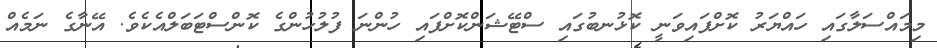
މިމައްސަލާގައި ހައްޔަރު ކޮށްފައިވަނީ ކޮޅުނބުގައި ސްޓޭޝަންކޮށްފައި ހުންނަ ފުލުހުންގެ ކޮންސްޓަބަލްއެކެވެ. އޭނާގެ ނަމެއް